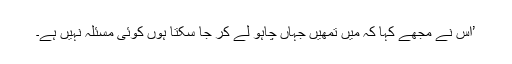
’اس نے مجھے کہا کہ میں تمھیں جہاں چاہو لے کر جا سکتا ہوں کوئی مسئلہ نہیں ہے۔